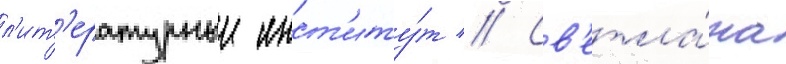
л'ит'ературныи инст'иту́т // Св'етла́на